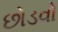
છોડવો